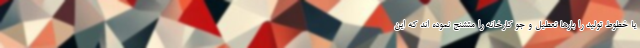
یا خطوط تولید را بارها تعطیل و جو کارخانه را متشنج نموده ‌اند که این